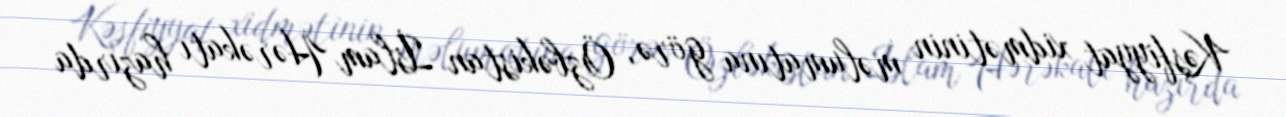
Kəşfiyyat xidmətinin məlumatına görə, Özbəkistan İslam Hərəkatı hazırda